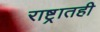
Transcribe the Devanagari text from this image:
राष्ट्रातही